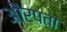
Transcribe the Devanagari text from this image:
औरपता